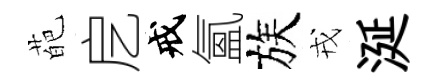
葩戹戒氳族戎涎